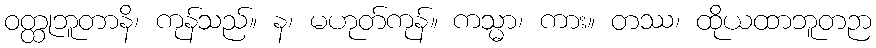
ဝတ္ထုဘူတာနိ၊ ကုန်သည်။ န၊ မဟုတ်ကုန်။ ကသ္မာ၊ ကား။ တဿ၊ ထိုယထာဘူတဉာ